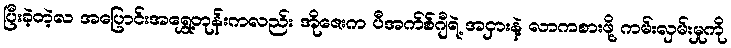
ပြီးခဲ့တဲ့လ အပြောင်းအရွှေ့တုန်းကလည်း အိုဇေးက ပီအက်စ်ဂျီရဲ့ အငှားနဲ့ လာကစားဖို့ ကမ်းလှမ်းမှုကို